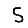
Digit: 5